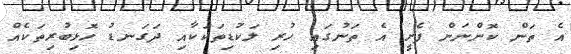
އެ ތަން ކޮންނަން ފެށީ އެ ތަނުގައި ހުރި ލަކުޑިތަކަކާއި ދަގަނޑު ހޮޅިބުރިތަކެއް